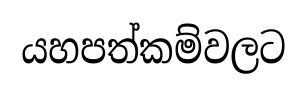
යහපත්කම්වලට